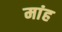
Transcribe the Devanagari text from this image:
मांह